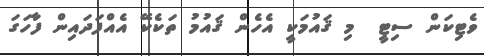
ވެޓިކަން ސިޓީ  މި ޤައުމަކީ އެހެން ޤައުމު ތަކެކޭ އެއްފަދައިން ފާހަގަ